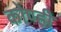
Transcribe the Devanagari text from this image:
कोण्ही